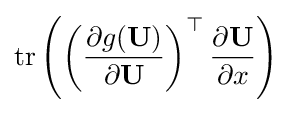
\operatorname {tr} \left(\left({\frac {\partial g(\mathbf {U} )}{\partial \mathbf {U} }}\right)^{\top }{\frac {\partial \mathbf {U} }{\partial x}}\right)